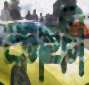
কাফী